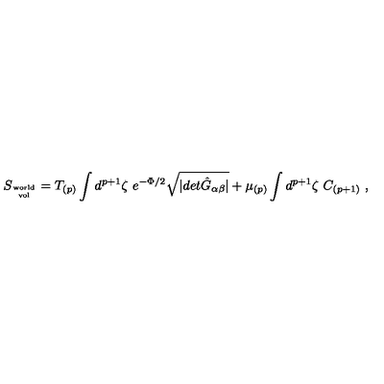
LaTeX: S _ { \mathrm { w o r l d \atop v o l } } = T _ { ( p ) } \int d ^ { p + 1 } \zeta \ e ^ { - \Phi / 2 } \sqrt { \vert d e t { \hat { G } } _ { \alpha \beta } \vert } + \mu _ { ( p ) } \int d ^ { p + 1 } \zeta \ C _ { ( p + 1 ) } \ ,